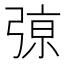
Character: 𰐞